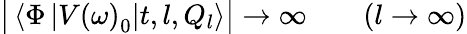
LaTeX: \big|\left\langle\Phi\left|V\left(\omega\right)_{0}\right|t,l,Q_{l}\right\rangle\big|\to\infty\qquad(l\to\infty)